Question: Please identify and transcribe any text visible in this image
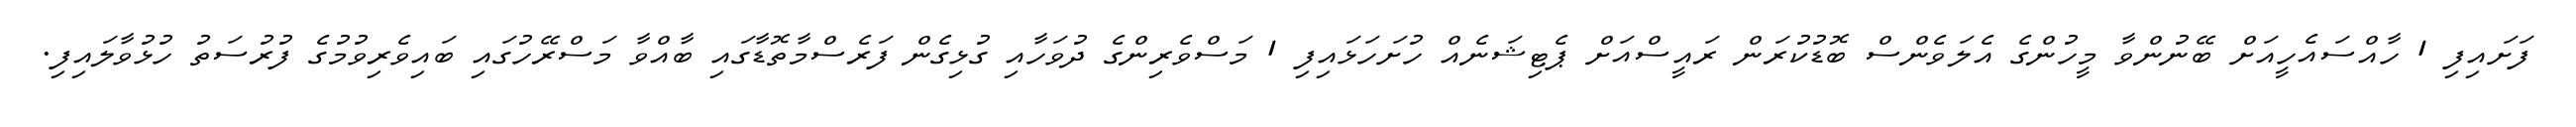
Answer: ފަށައިފި 1 ހާއްސައެހީއަށް ބޭނުންވާ މީހުންގެ އެލަވެންސް ބޮޑުކުރަން ރައީސްއަށް ޕެޓިޝަނެއް ހުށަހަޅައިފި 1 މަސްވެރިންގެ ދުވަހާއި ގުޅިގެން ފަރެސްމާތޮޑާގައި ބާއްވާ މަސްރޭހުގައި ބައިވެރިވުމުގެ ފުރުސަތު ހުޅުވާލައިފި.